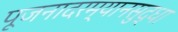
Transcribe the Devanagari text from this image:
पूजनादरम्यानसुद्धा